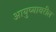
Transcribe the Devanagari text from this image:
आयुष्यावरील